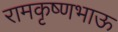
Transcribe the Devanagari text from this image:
रामकृष्णभाऊ